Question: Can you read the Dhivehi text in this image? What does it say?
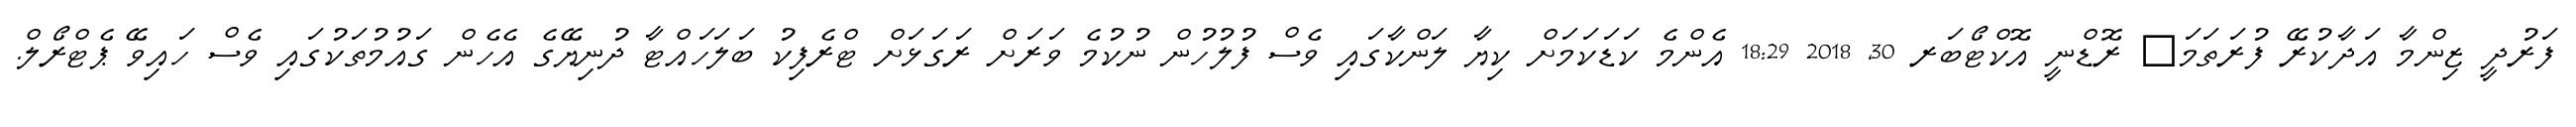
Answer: ފަރުދީ ޒިންމާ އަދާކުރޭ ފުރަތަމަ? ރޮޑްނީ އޮކްޓޯބަރ 30, 2018 18:29 އެންމެ ކަޑަކަމަށް ކިޔާ ލަންކާގައި ވެސް ފުލުހުން ނުކުމެ ވަރަށް ރަގަޅަށް ޓްރެފިކު ބަލަހައްޓާ ދުނިޔޭގެ އެހެން ގައުމުތަކުގައި ވެސް ހައިވޭ ޕެޓްރޯލް.